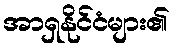
အာရှနိုင်ငံများ၏